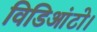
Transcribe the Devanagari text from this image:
विडिआंटो।